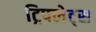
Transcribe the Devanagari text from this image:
ट्रिपलेट्स